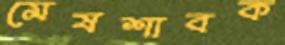
মেষশাবক